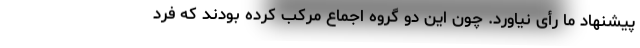
پیشنهاد ما رأی نیاورد. چون این دو گروه اجماع مرکب کرده بودند که فرد